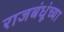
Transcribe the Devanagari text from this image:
राजबंधूंच्या